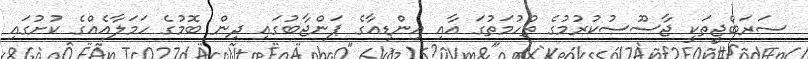
ސަރަބްޖީތަކީ ޖާސޫސުކުރުމުގެ ތުހުމަތުގަ އާއި އިންޑިއާގެ ޕަންޖާބުގައި ދިން ބޮމުގެ ހަމަލާއެއްގެ ކުށުގައި